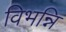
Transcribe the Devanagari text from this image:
विभन्नि